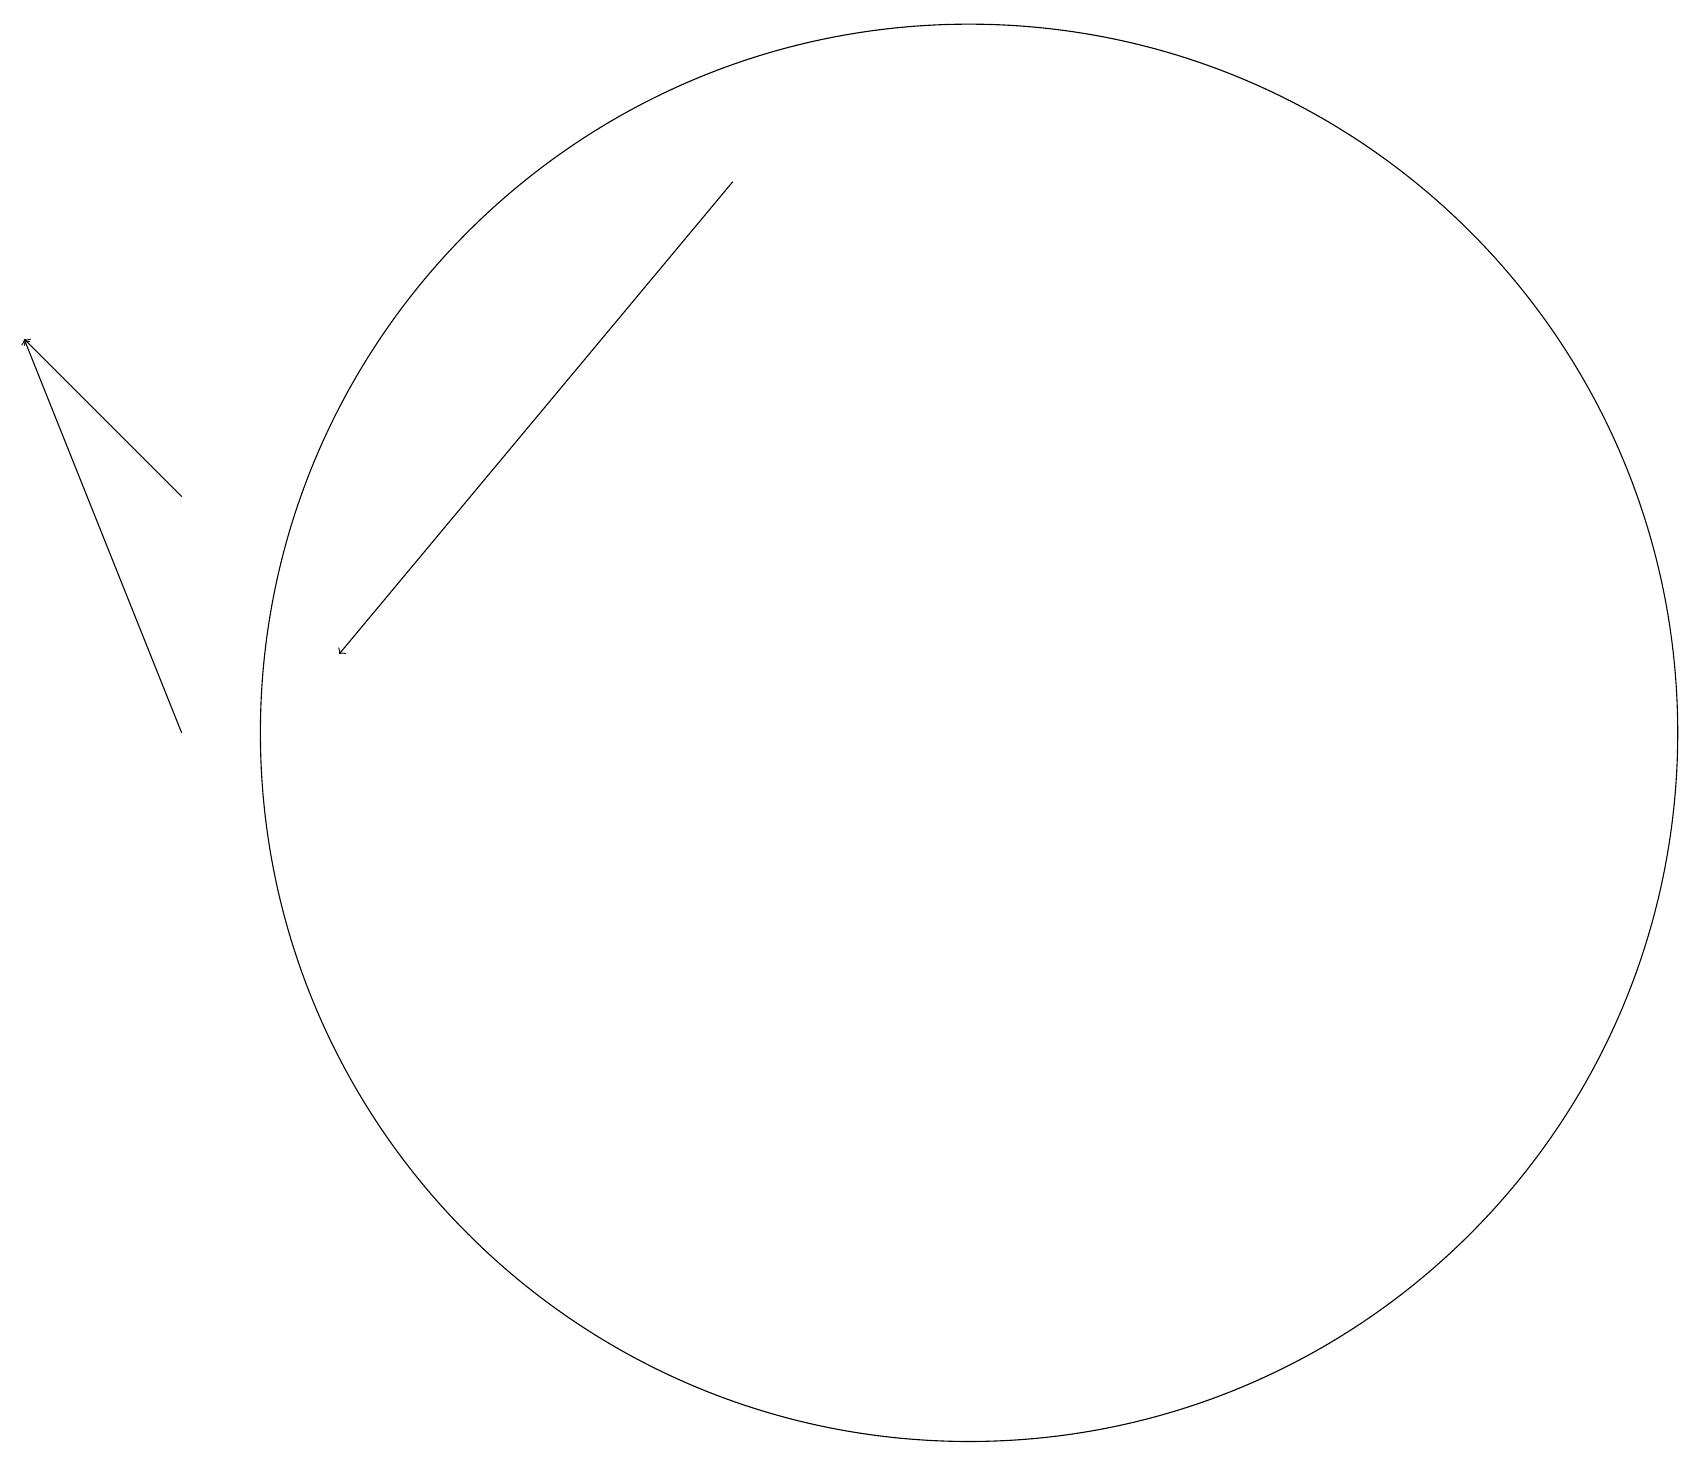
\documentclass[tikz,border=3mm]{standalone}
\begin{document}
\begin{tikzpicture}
\draw[->] (2,11) -- (0,16);
\draw[->] (9,18) -- (4,12);
\draw (12,11) circle (9);
\draw[->] (2,14) -- (0,16);
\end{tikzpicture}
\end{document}